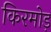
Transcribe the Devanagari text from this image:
किरमोड़